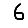
Digit: 6